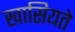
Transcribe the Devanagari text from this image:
खासियते